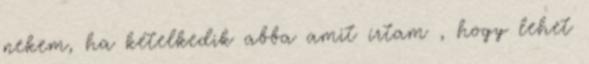
nekem, ha kételkedik abba amit írtam , hogy lehet